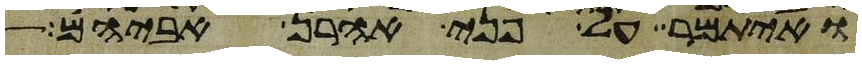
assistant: ואיתמר על פני אהרן אביהם